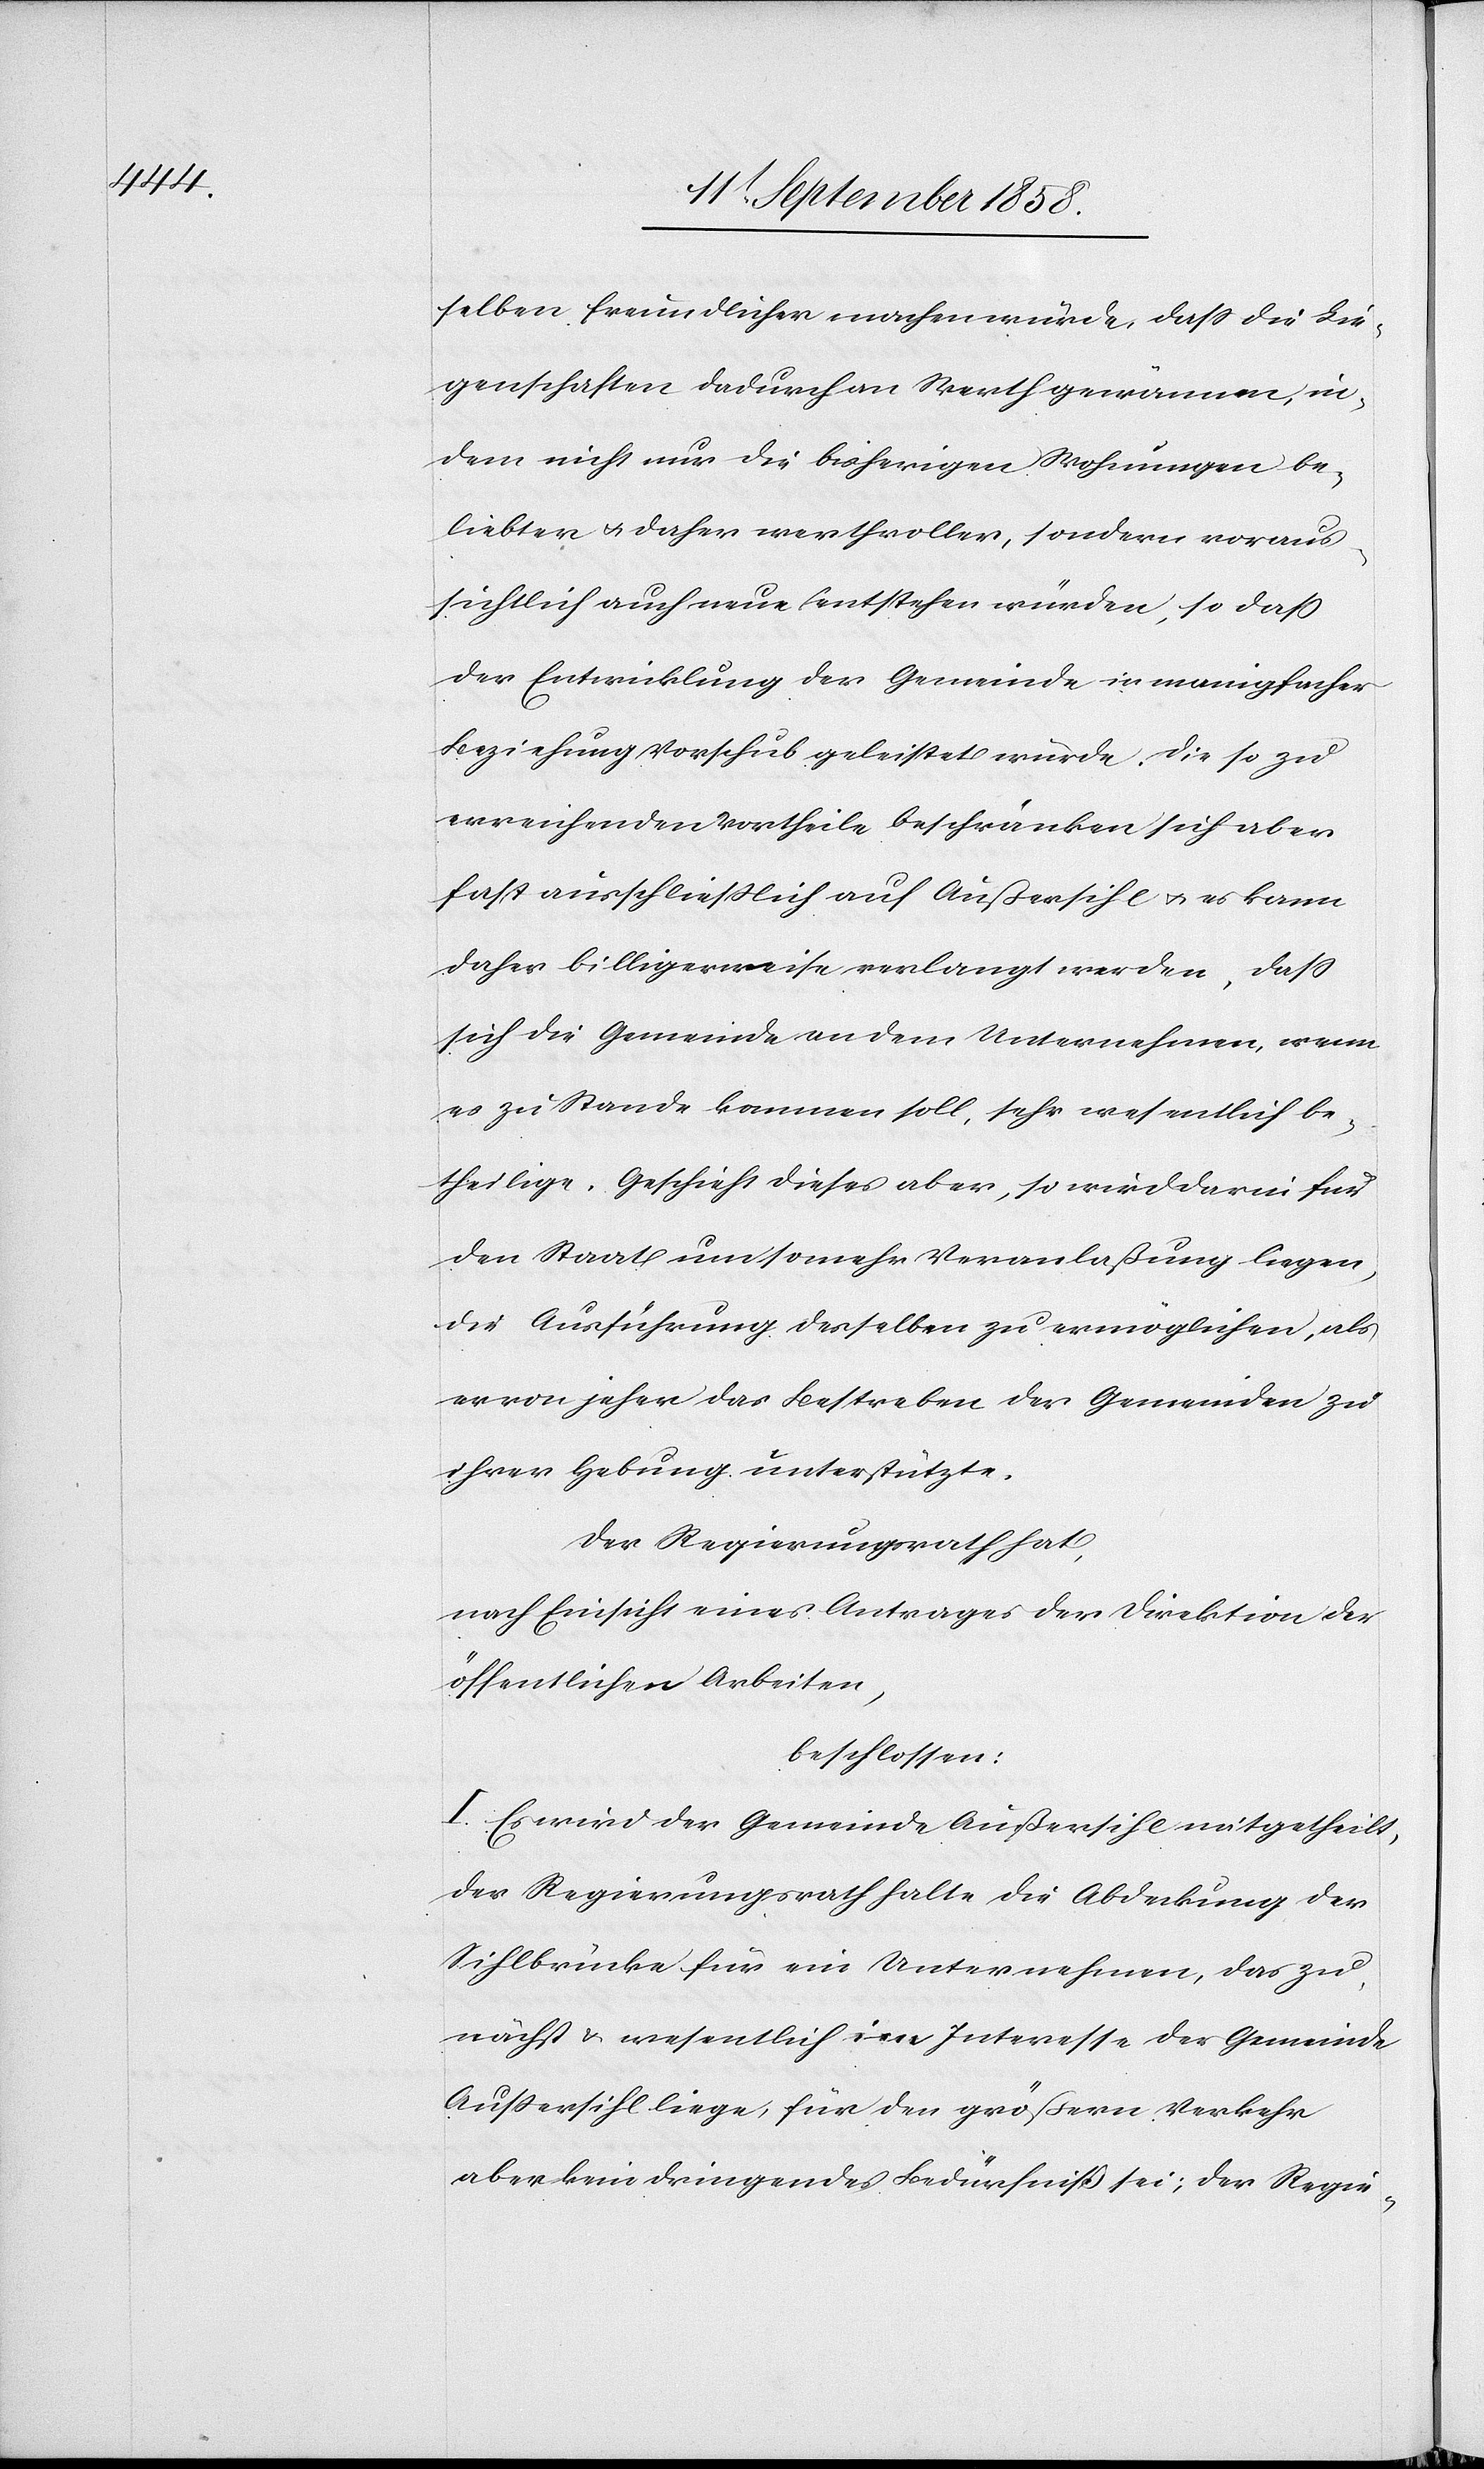
selben [sic!] freundlicher machen würde, dass die Lie¬
genschaften dadurch an Werth gewännen, in¬
dem nicht nur die bisherigen Wohnungen be¬
liebter & daher werthvoller, sondern voraus¬
sichtlich auch neue entstehen würden, so daß
der Entwicklung der Gemeinde in manigfacher
Beziehung Vorschub geleistet würde. Die so zu
erreichenden Vortheile beschränken sich aber
fast ausschließlich auf Außersihl & es kann
daher billigerweise verlangt werden, dass
sich die Gemeinde an dem Unternehmen, wenn
es zu Stande kommen soll, sehr wesentlich be¬
theilige. Geschieht dieses aber, so wird darin für
den Staat um so mehr Veranlaßung liegen,
die Ausführung desselben zu ermöglichen, als
er von jeher das Bestreben der Gemeinden zu
ihrer Hebung unterstützte.
Der Regierungsrath hat,
nach Einsicht eines Antrages der Direktion der
öffentlichen Arbeiten,
beschlossen:
I. Es wird der Gemeinde Außersihl mitgetheilt,
der Regierungsrath halte die Abdeckung der
Sihlbrücke für ein Unternehmen, das zu¬
nächst & wesentlich im Interesse der Gemeinde
Außersihl liege, für den größern Verkehr
aber kein dringendes Bedürfniß sei; der Regie-